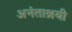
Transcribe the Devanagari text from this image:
अनंताश्रयी